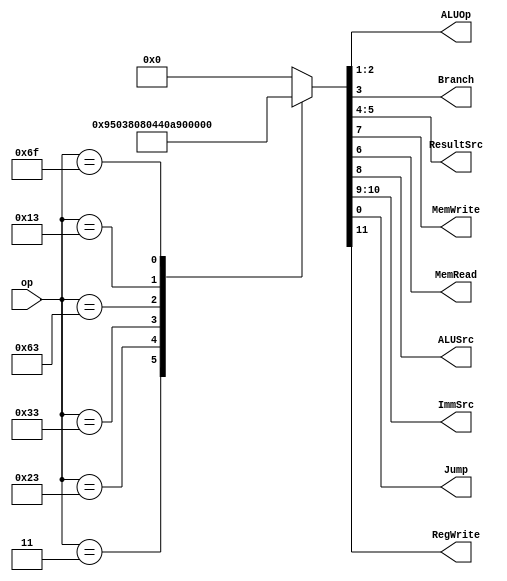
module Main_Decoder(
    input wire [6:0] op,
    //input wire Zero,
    output reg [1:0] ALUOp,
    output reg Branch,
    output reg [1:0] ResultSrc,
    output reg MemWrite,
    output reg MemRead,
    output reg ALUSrc,
    output reg [1:0] ImmSrc,
    output reg Jump,
    output reg RegWrite
);


always @(*) begin
  case (op)
  7'b0000011 : {RegWrite,ImmSrc,ALUSrc,MemWrite,MemRead,ResultSrc,Branch,ALUOp,Jump} = 12'b100101010000;
  7'b0100011 : {RegWrite,ImmSrc,ALUSrc,MemWrite,MemRead,ResultSrc,Branch,ALUOp,Jump} = 12'b001110000000;
  7'b0110011 : {RegWrite,ImmSrc,ALUSrc,MemWrite,MemRead,ResultSrc,Branch,ALUOp,Jump} = 12'b100000000100;
  7'b1100011 : {RegWrite,ImmSrc,ALUSrc,MemWrite,MemRead,ResultSrc,Branch,ALUOp,Jump} = 12'b010000001010;
  7'b0010011 : {RegWrite,ImmSrc,ALUSrc,MemWrite,MemRead,ResultSrc,Branch,ALUOp,Jump} = 12'b100100000100;
  7'b1101111 : {RegWrite,ImmSrc,ALUSrc,MemWrite,MemRead,ResultSrc,Branch,ALUOp,Jump} = 12'b111000100001;
  default : {RegWrite,ImmSrc,ALUSrc,MemWrite,MemRead,ResultSrc,Branch,ALUOp,Jump} = 12'b000000000000;
  endcase
   
end


endmodule